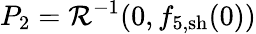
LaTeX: P_{2}=\mathcal{R}^{-1}(0,{f}_{5,\mathrm{sh}}(0))